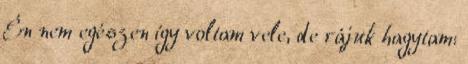
Én nem egészen így voltam vele, de rájuk hagytam: